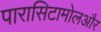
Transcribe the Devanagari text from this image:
पारासिटामोलऔर